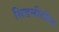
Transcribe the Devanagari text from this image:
सिडनीतील